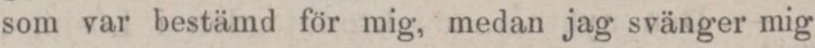
som var bestämd för mig, medan jag svänger mig